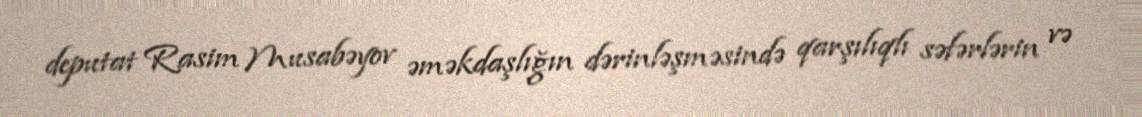
deputat Rasim Musabəyov əməkdaşlığın dərinləşməsində qarşılıqlı səfərlərin və